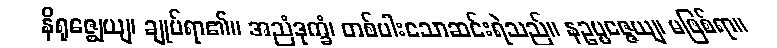
နိရုဇ္ဈေယျ၊ ချုပ်ရာ၏။ အညံဒုက္ခံ၊ တစ်ပါးသောဆင်းရဲသည်။ နဥပ္ပဇ္ဇေယျ၊ မဖြစ်ရာ။